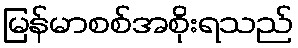
မြန်မာစစ်အစိုးရသည်